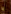
يا